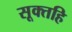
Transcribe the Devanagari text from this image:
सूक्तहि